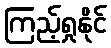
ကြည့်ရှုနိုင်